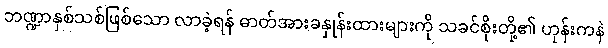
ဘဏ္ဍာနှစ်သစ်ဖြစ်သော လာခဲ့ရန် ဓာတ်အားခနှုန်းထားများကို သခင်စိုးတို့၏ ဟုန်းကနဲ